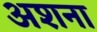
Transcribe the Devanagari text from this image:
अशना